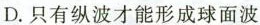
D. 只有纵波才能形成球面波